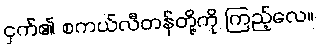
ငှက်၏ စကယ်လီတန်တို့ကို ကြည့်လေ။